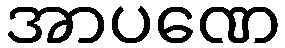
အာပဏေ